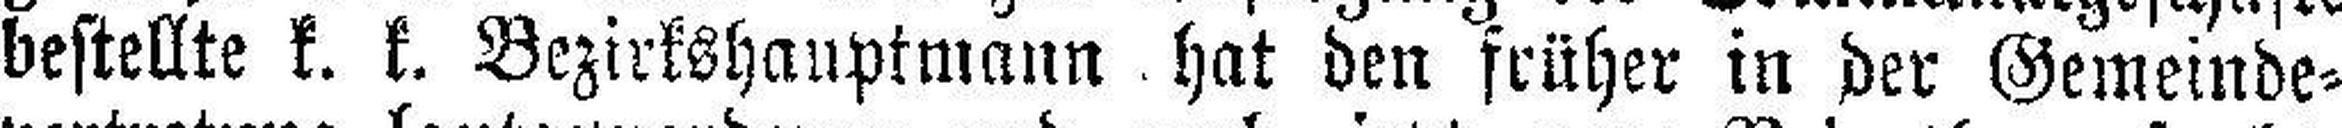
bestellte k. k. Bezirkshauptmann hat den früher in der Gemeinde¬